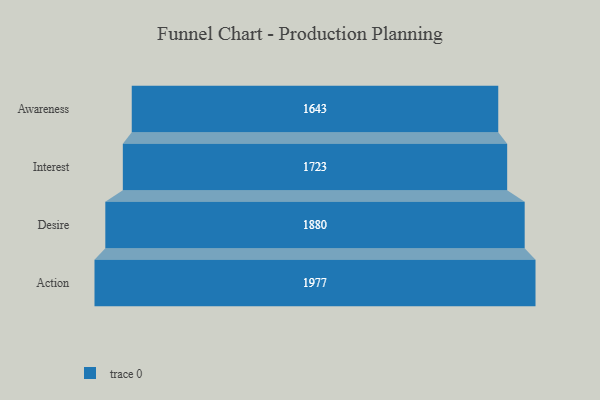
{"axis": {"x": "Stage", "y": "Value"}, "legend": [""], "data": [{"x": "Awareness", "y": 1643.0, "type": ""}, {"x": "Interest", "y": 1723.0, "type": ""}, {"x": "Desire", "y": 1880.0, "type": ""}, {"x": "Action", "y": 1977.0, "type": ""}]}